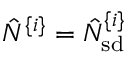
\hat { N } ^ { \{ i \} } = \hat { N } _ { \mathrm { s d } } ^ { \{ i \} }